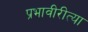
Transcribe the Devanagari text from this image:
प्रभावीरीत्या